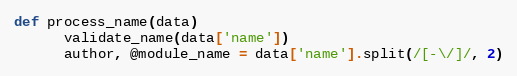
Language: Ruby
def process_name(data)
      validate_name(data['name'])
      author, @module_name = data['name'].split(/[-\/]/, 2)